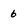
Character: 6